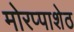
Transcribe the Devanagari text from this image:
मोरप्पाशेठ